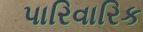
પારિવારિક